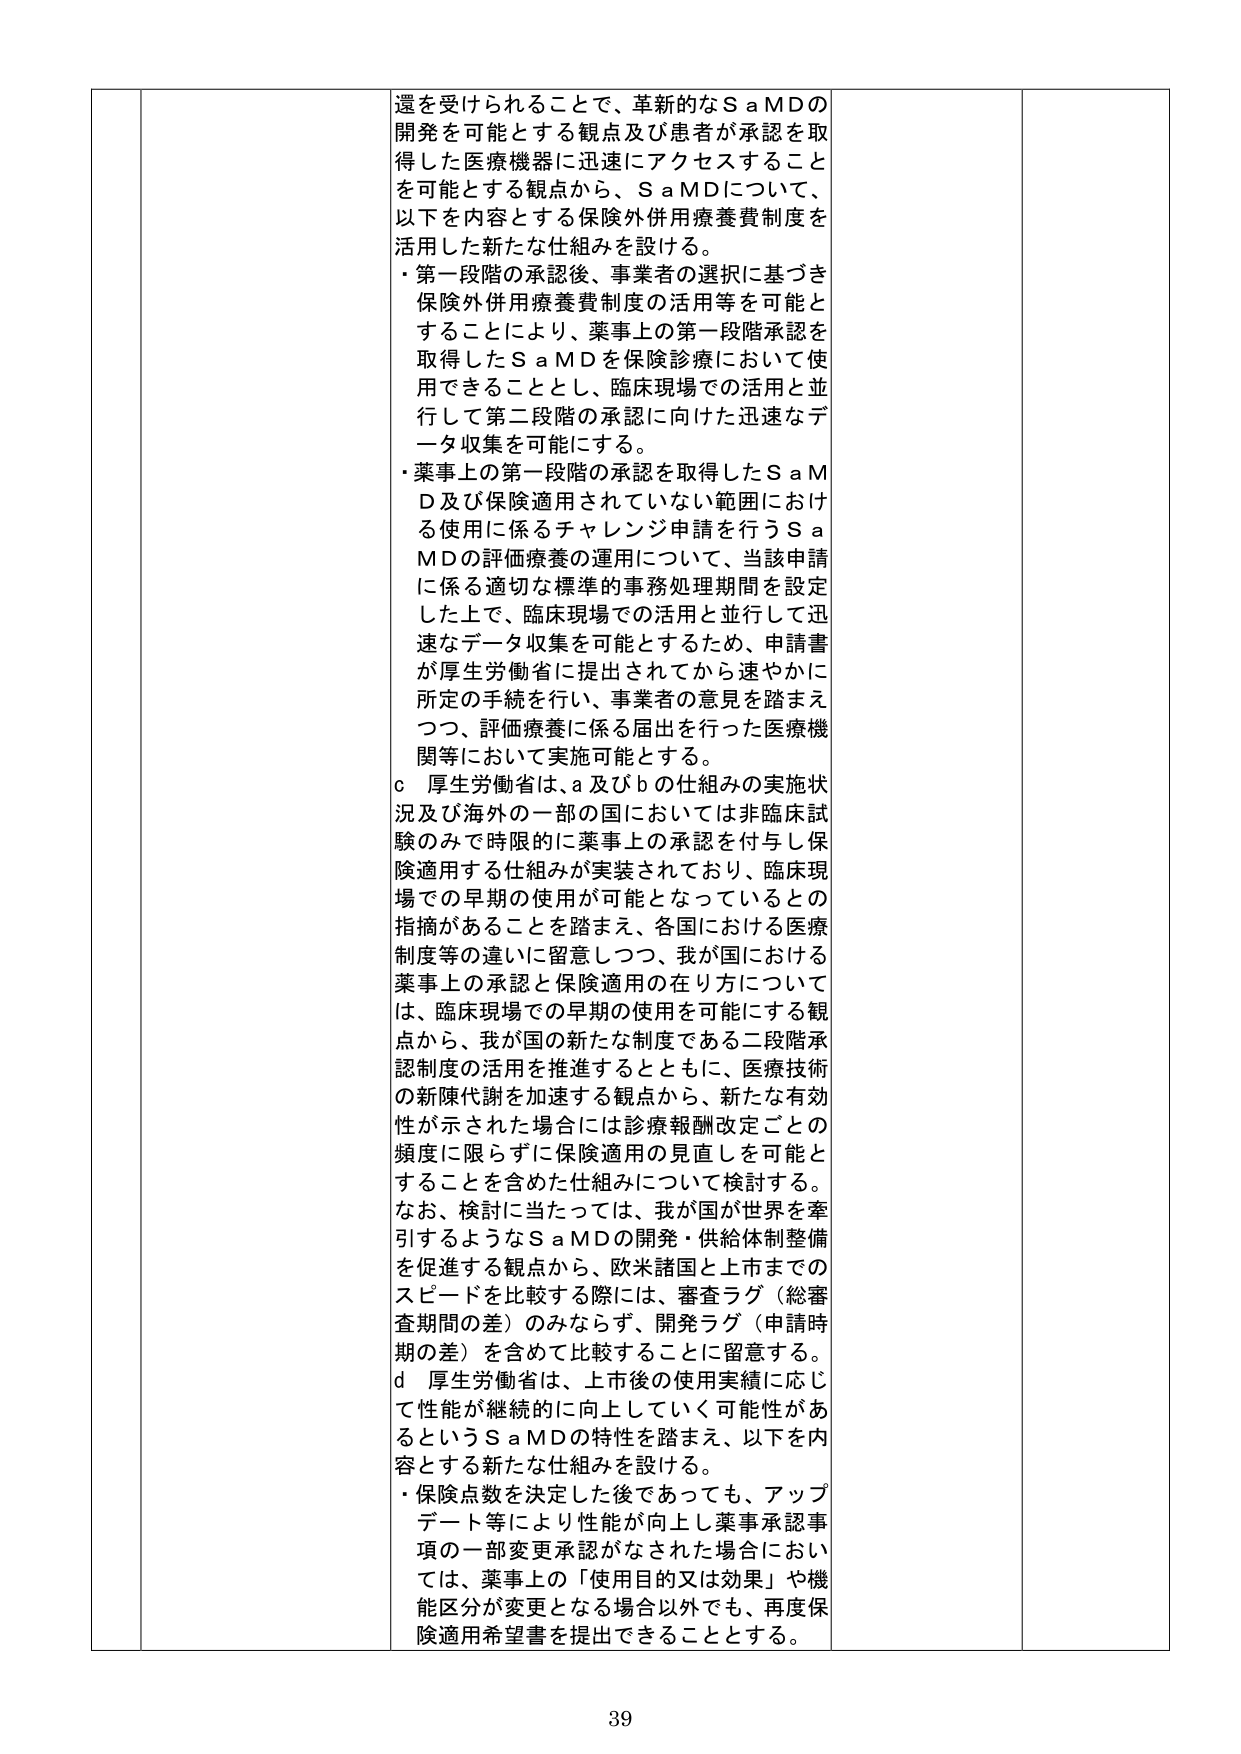
還を受けられることで、革新的なＳａＭＤの
開発を可能とする観点及び患者が承認を取
得した医療機器に迅速にアクセスすること
を可能とする観点から、ＳａＭＤについて、
以下を内容とする保険外併用療養費制度を
活用した新たな仕組みを設ける。
・第一段階の承認後、事業者の選択に基づき
保険外併用療養費制度の活用等を可能と
することにより、薬事上の第一段階承認を
取得したＳａＭＤを保険診療において使
用できることとし、臨床現場での活用と並
行して第二段階の承認に向けた迅速なデ
ータ収集を可能にする。
・薬事上の第一段階の承認を取得したＳａＭ
Ｄ及び保険適用されていない範囲におけ
る使用に係るチャレンジ申請を行うＳａ
ＭＤの評価療養の運用について、当該申請
に係る適切な標準的事務処理期間を設定
した上で、臨床現場での活用と並行して迅
速なデータ収集を可能とするため、申請書
が厚生労働省に提出されてから速やかに
所定の手続を行い、事業者の意見を踏まえ
つつ、評価療養に係る届出を行った医療機
関等において実施可能とする。
ｃ　厚生労働省は、ａ及びｂの仕組みの実施状
況及び海外の一部の国においては非臨床試
験のみで時限的に薬事上の承認を付与し保
険適用する仕組みが実装されており、臨床現
場での早期の使用が可能となっているとの
指摘があることを踏まえ、各国における医療
制度等の違いに留意しつつ、我が国における
薬事上の承認と保険適用の在り方について
は、臨床現場での早期の使用を可能にする観
点から、我が国の新たな制度である二段階承
認制度の活用を推進するとともに、医療技術
の新陳代謝を加速する観点から、新たな有効
性が示された場合には診療報酬改定ごとの
頻度に限らずに保険適用の見直しを可能と
することを含めた仕組みについて検討する。
なお、検討に当たっては、我が国が世界を牽
引するようなＳａＭＤの開発・供給体制整備
を促進する観点から、欧米諸国と上市までの
スピードを比較する際には、審査ラグ（総審
査期間の差）のみならず、開発ラグ（申請時
期の差）を含めて比較することに留意する。
ｄ　厚生労働省は、上市後の使用実績に応じ
て性能が継続的に向上していく可能性があ
るというＳａＭＤの特性を踏まえ、以下を内
容とする新たな仕組みを設ける。
・保険点数を決定した後であっても、アップ
デート等により性能が向上し薬事承認事
項の一部変更承認がなされた場合におい
ては、薬事上の「使用目的又は効果」や機
能区分が変更となる場合以外でも、再度保
険適用希望書を提出できることとする。

39